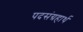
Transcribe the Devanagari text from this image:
पदसंग्रहार्थ